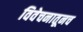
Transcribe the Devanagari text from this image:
विवेचनातूनच